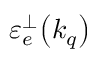
\mathinner { \varepsilon _ { e } ^ { \perp } \mathopen { \left( k _ { q } \right) } }